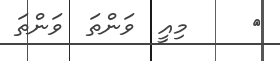
٢     މިއީ  ވަންތަ  ވަންތަ